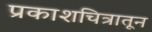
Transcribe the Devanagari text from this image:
प्रकाशचित्रातून